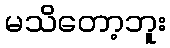
မသိတော့ဘူး